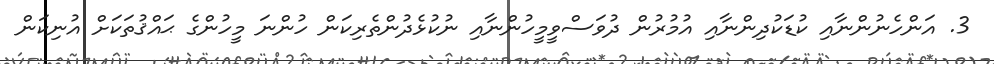
3. އަންހެނުންނާއި ކުޑަކުދިންނާއި އުމުރުން ދުވަސްވީމީހުންނާއި ނުކުޅެދުންތެރިކަން ހުންނަ މީހުންގެ ޙައްޤުތަކަށް އުނިކަން